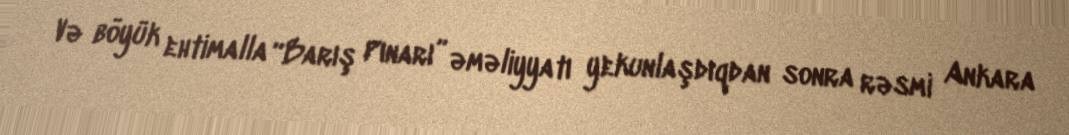
Və böyük ehtimalla “Barış Pınarı” əməliyyatı yekunlaşdıqdan sonra rəsmi Ankara